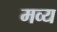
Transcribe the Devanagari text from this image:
मव्य